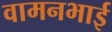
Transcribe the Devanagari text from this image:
वामनभाई